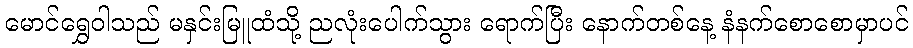
မောင်ရွှေဝါသည် မနှင်းမြူထံသို့ ညလုံးပေါက်သွား ရောက်ပြီး နောက်တစ်နေ့ နံနက်စောစောမှာပင်